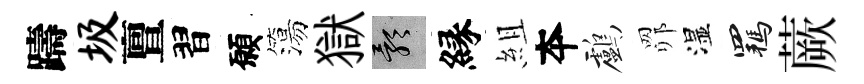
躊圾亶習願簜獄影縁組夲鸕𦊑湿羈蕨